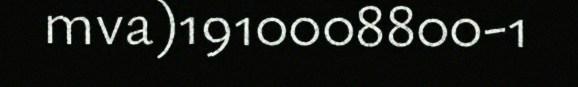
mva)1910008800-1